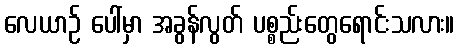
လေယာဉ် ပေါ်မှာ အခွန်လွတ် ပစ္စည်းတွေရောင်းသလား။